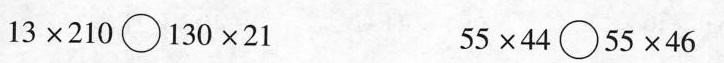
$$1 3 \times 2 1 0 \circ 1 3 0 \times 2 1$$ $$5 5 \times 4 4 \circ 5 5 \times 4 6$$